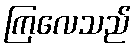
ကြလေသည်